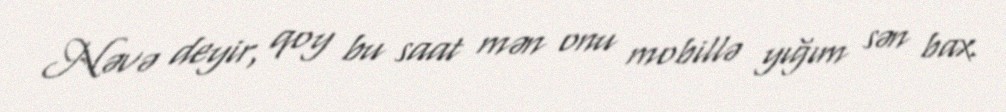
Nəvə deyir, qoy bu saat mən onu mobillə yığım sən bax.